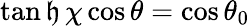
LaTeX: \operatorname{tan\mathfrak{h}}\chi\cos\theta=\cos\theta_{0}